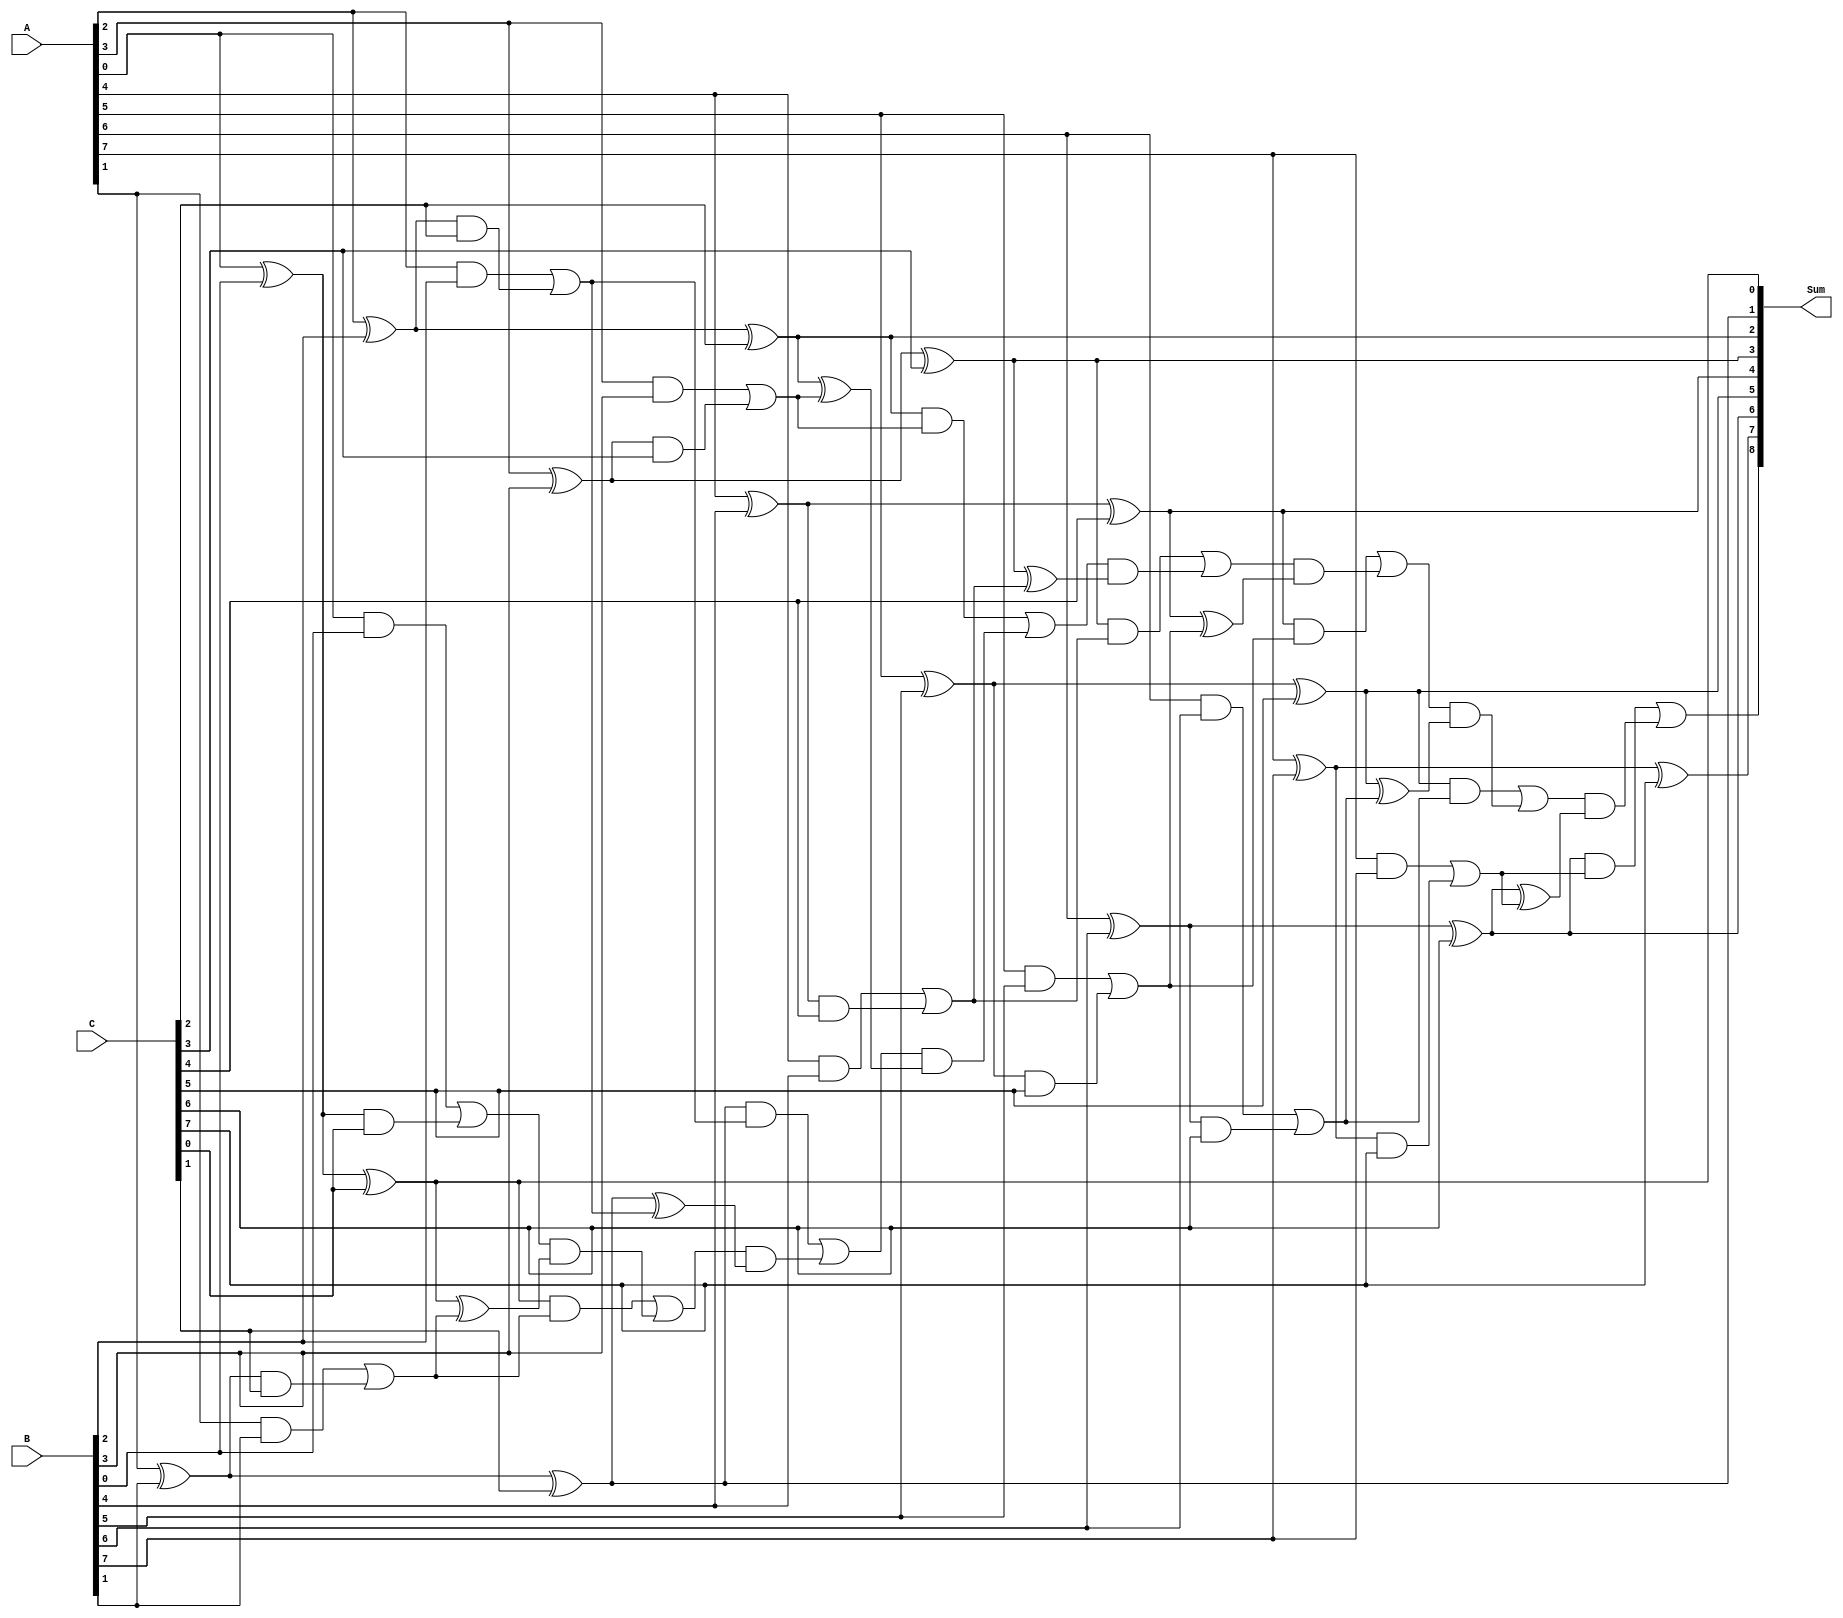
module carry_save_adder (
    input [n-1:0] A, // First operand
    input [n-1:0] B, // Second operand
    input [n-1:0] C, // Third operand
    output [n:0] Sum // Final sum output (n+1 bits to accommodate carry)
);
    parameter n = 8; // Bit-width of the inputs

    // Internal signals for carry and sum
    wire [n-1:0] sum_cs; // Carry Save sum
    wire [n-1:0] carry_cs; // Carry Save carry

    // Carry Save Stage: Calculate sum and carry for each bit
    genvar i;
    generate
        for (i = 0; i < n; i = i + 1) begin : CSA
            // Full Adder for each bit
            wire sum_ab, carry_ab, carry_ac, carry_bc;
            assign sum_ab = A[i] ^ B[i];
            assign carry_ab = A[i] & B[i];

            assign sum_cs[i] = sum_ab ^ C[i];
            assign carry_bc = sum_ab & C[i];

            assign carry_cs[i] = carry_ab | carry_bc;
        end
    endgenerate

    // Carry Propagation Stage: Final addition using Ripple Carry Adder
    wire [n-1:0] final_sum;
    wire [n-1:0] carry_out;

    assign final_sum = sum_cs; // Start with Carry Save sum
    assign carry_out[0] = carry_cs[0]; // First carry is the same

    // Ripple Carry Adder for final addition
    generate
        for (i = 1; i < n; i = i + 1) begin : RCA
            assign carry_out[i] = (final_sum[i-1] & carry_cs[i]) | (carry_out[i-1] & (final_sum[i-1] ^ carry_cs[i]));
        end
    endgenerate

    // Final sum output including carry
    assign Sum = {carry_out[n-1], final_sum}; // Combine final sum and carry

endmodule